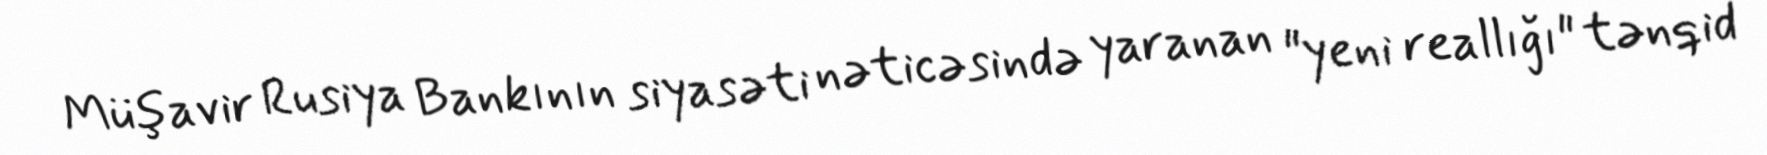
Müşavir Rusiya Bankının siyasəti nəticəsində yaranan "yeni reallığı" tənqid